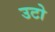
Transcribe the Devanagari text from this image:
उटो